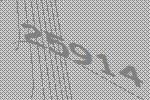
25914